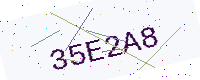
Text: 35E2A8